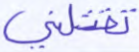
تقتلني